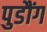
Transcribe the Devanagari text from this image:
पुडौंग